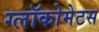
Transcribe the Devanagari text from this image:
ग्लॉकोमेटस